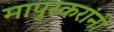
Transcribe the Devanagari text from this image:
मापुस्करांनी